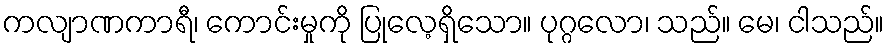
ကလျာဏကာရီ၊ ကောင်းမှုကို ပြုလေ့ရှိသော။ ပုဂ္ဂလော၊ သည်။ မေ၊ ငါသည်။